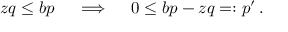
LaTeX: z q \leq b p \quad \implies \quad 0 \leq b p - z q = : p ^ { \prime } \, .